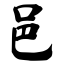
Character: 邑